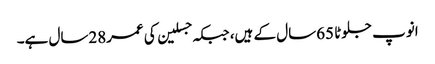
انوپ جلوٹا 65سال کے ہیں، جبکہ جسلین کی عمر28سال ہے۔